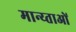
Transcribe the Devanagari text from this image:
मान्य्ताओं